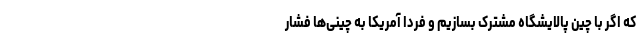
که اگر با چین پالایشگاه مشترک بسازیم و فردا آمریکا به چینی‌ها فشار